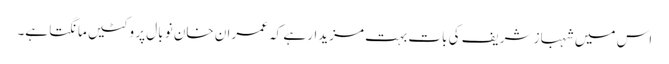
اس میں شہباز شریف کی بات بہت مزیدار ہے کہ عمران خان نو بال پر وکٹیں مانگتا ہے۔